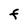
Character: F